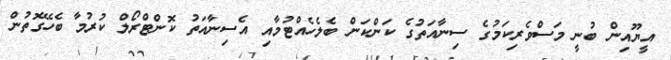
އީޔޫއިން ބުނީ މަސްވެރިކަމުގެ ސިނާއަތުގެ ކަންކަން ބެލެހެއްޓުމާއި އެސިނާއަތު ކޮންޓްރޯލް ކުރުމާ ބެހޭގޮތުން